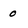
Character: 0